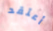
أعتقد